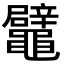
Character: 鼊